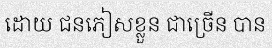
ដោយ ជនភៀសខ្លួន ជាច្រើន បាន